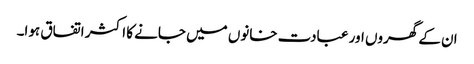
ان کے گھروں اور عبادت خانوں میں جانے کا اکثر اتفاق ہوا۔